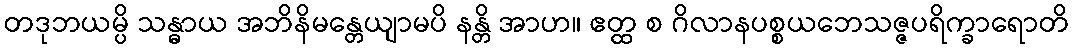
တဒုဘယမ္ပိ သန္ဓာယ အဘိနိမန္တေယျာမပိ နန္တိ အာဟ။ ဧတ္ထ စ ဂိလာနပစ္စယဘေသဇ္ဇပရိက္ခာရောတိ